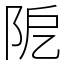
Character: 阸